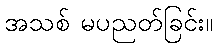
အသစ် မပညတ်ခြင်း။